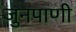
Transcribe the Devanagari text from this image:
जुनपाणी